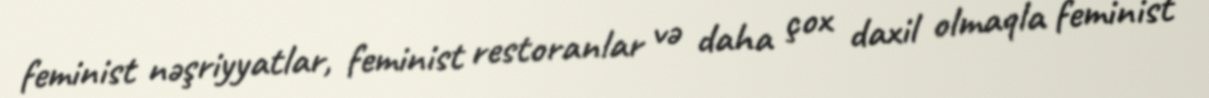
feminist nəşriyyatlar, feminist restoranlar və daha çox daxil olmaqla feminist